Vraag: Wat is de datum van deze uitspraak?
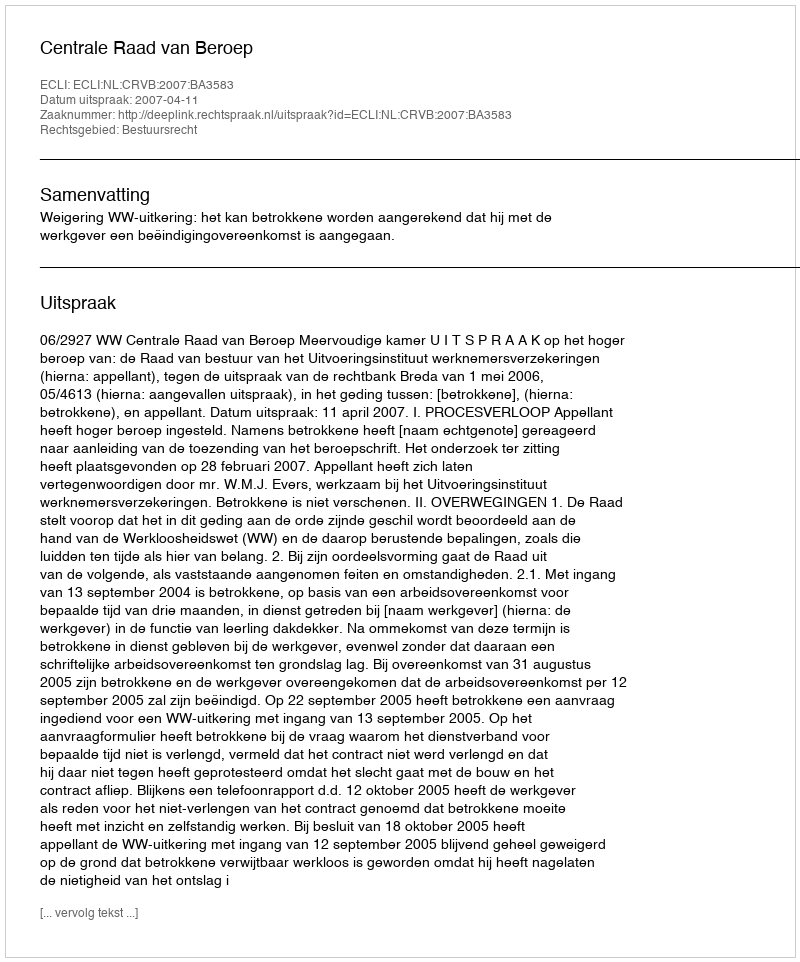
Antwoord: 2007-04-11